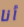
أنا